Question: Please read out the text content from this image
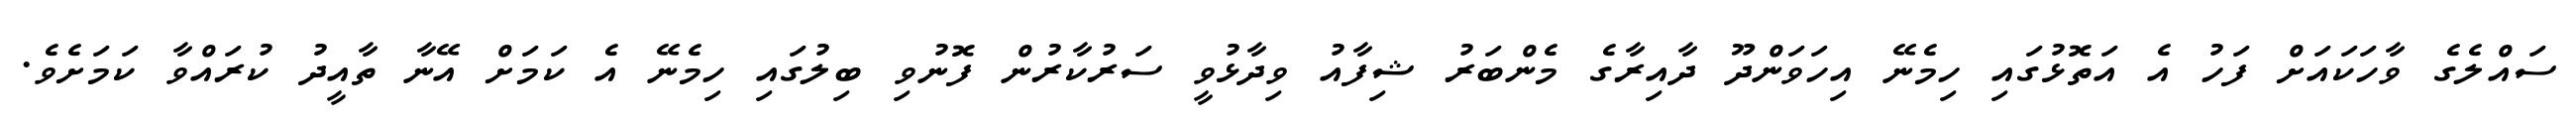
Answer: ސައްލެގެ ވާހަކައަށް ފަހު އެ އަތޮޅުގައި ހިމެނޭ އިހަވަންދޫ ދާއިރާގެ މެންބަރު ޝިފާއު ވިދާޅުވީ ސަރުކާރުން ފޮނުވި ބިލުގައި ހިމެނޭ އެ ކަމަށް އޭނާ ތާއީދު ކުރައްވާ ކަމަށެވެ.